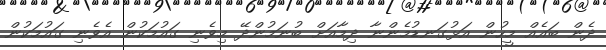
ދެން ބައެއް މީހުން އަޅުގަނޑުމެންނާ ދިމާއަށް ބުނަމުންދޭ މިވެނި ގައުމަކުން އެވެނި ގައުމަކުން